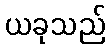
ယခုသည်